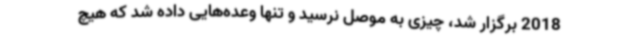
2018 برگزار شد، چیزی به موصل نرسید و تنها وعده‌هایی داده شد که هیچ